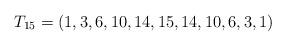
LaTeX: \begin{align*}T_{15}=(1,3,6,10,14,15,14,10,6,3,1)\end{align*}